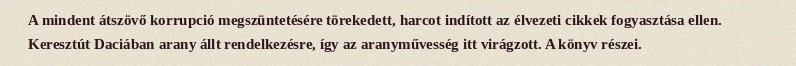
A mindent átszövő korrupció megszüntetésére törekedett, harcot indított az élvezeti cikkek fogyasztása ellen. Keresztút Daciában arany állt rendelkezésre, így az aranyművesség itt virágzott. A könyv részei.